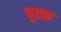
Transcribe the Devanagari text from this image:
पुतक